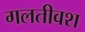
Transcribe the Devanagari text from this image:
गलतीवश